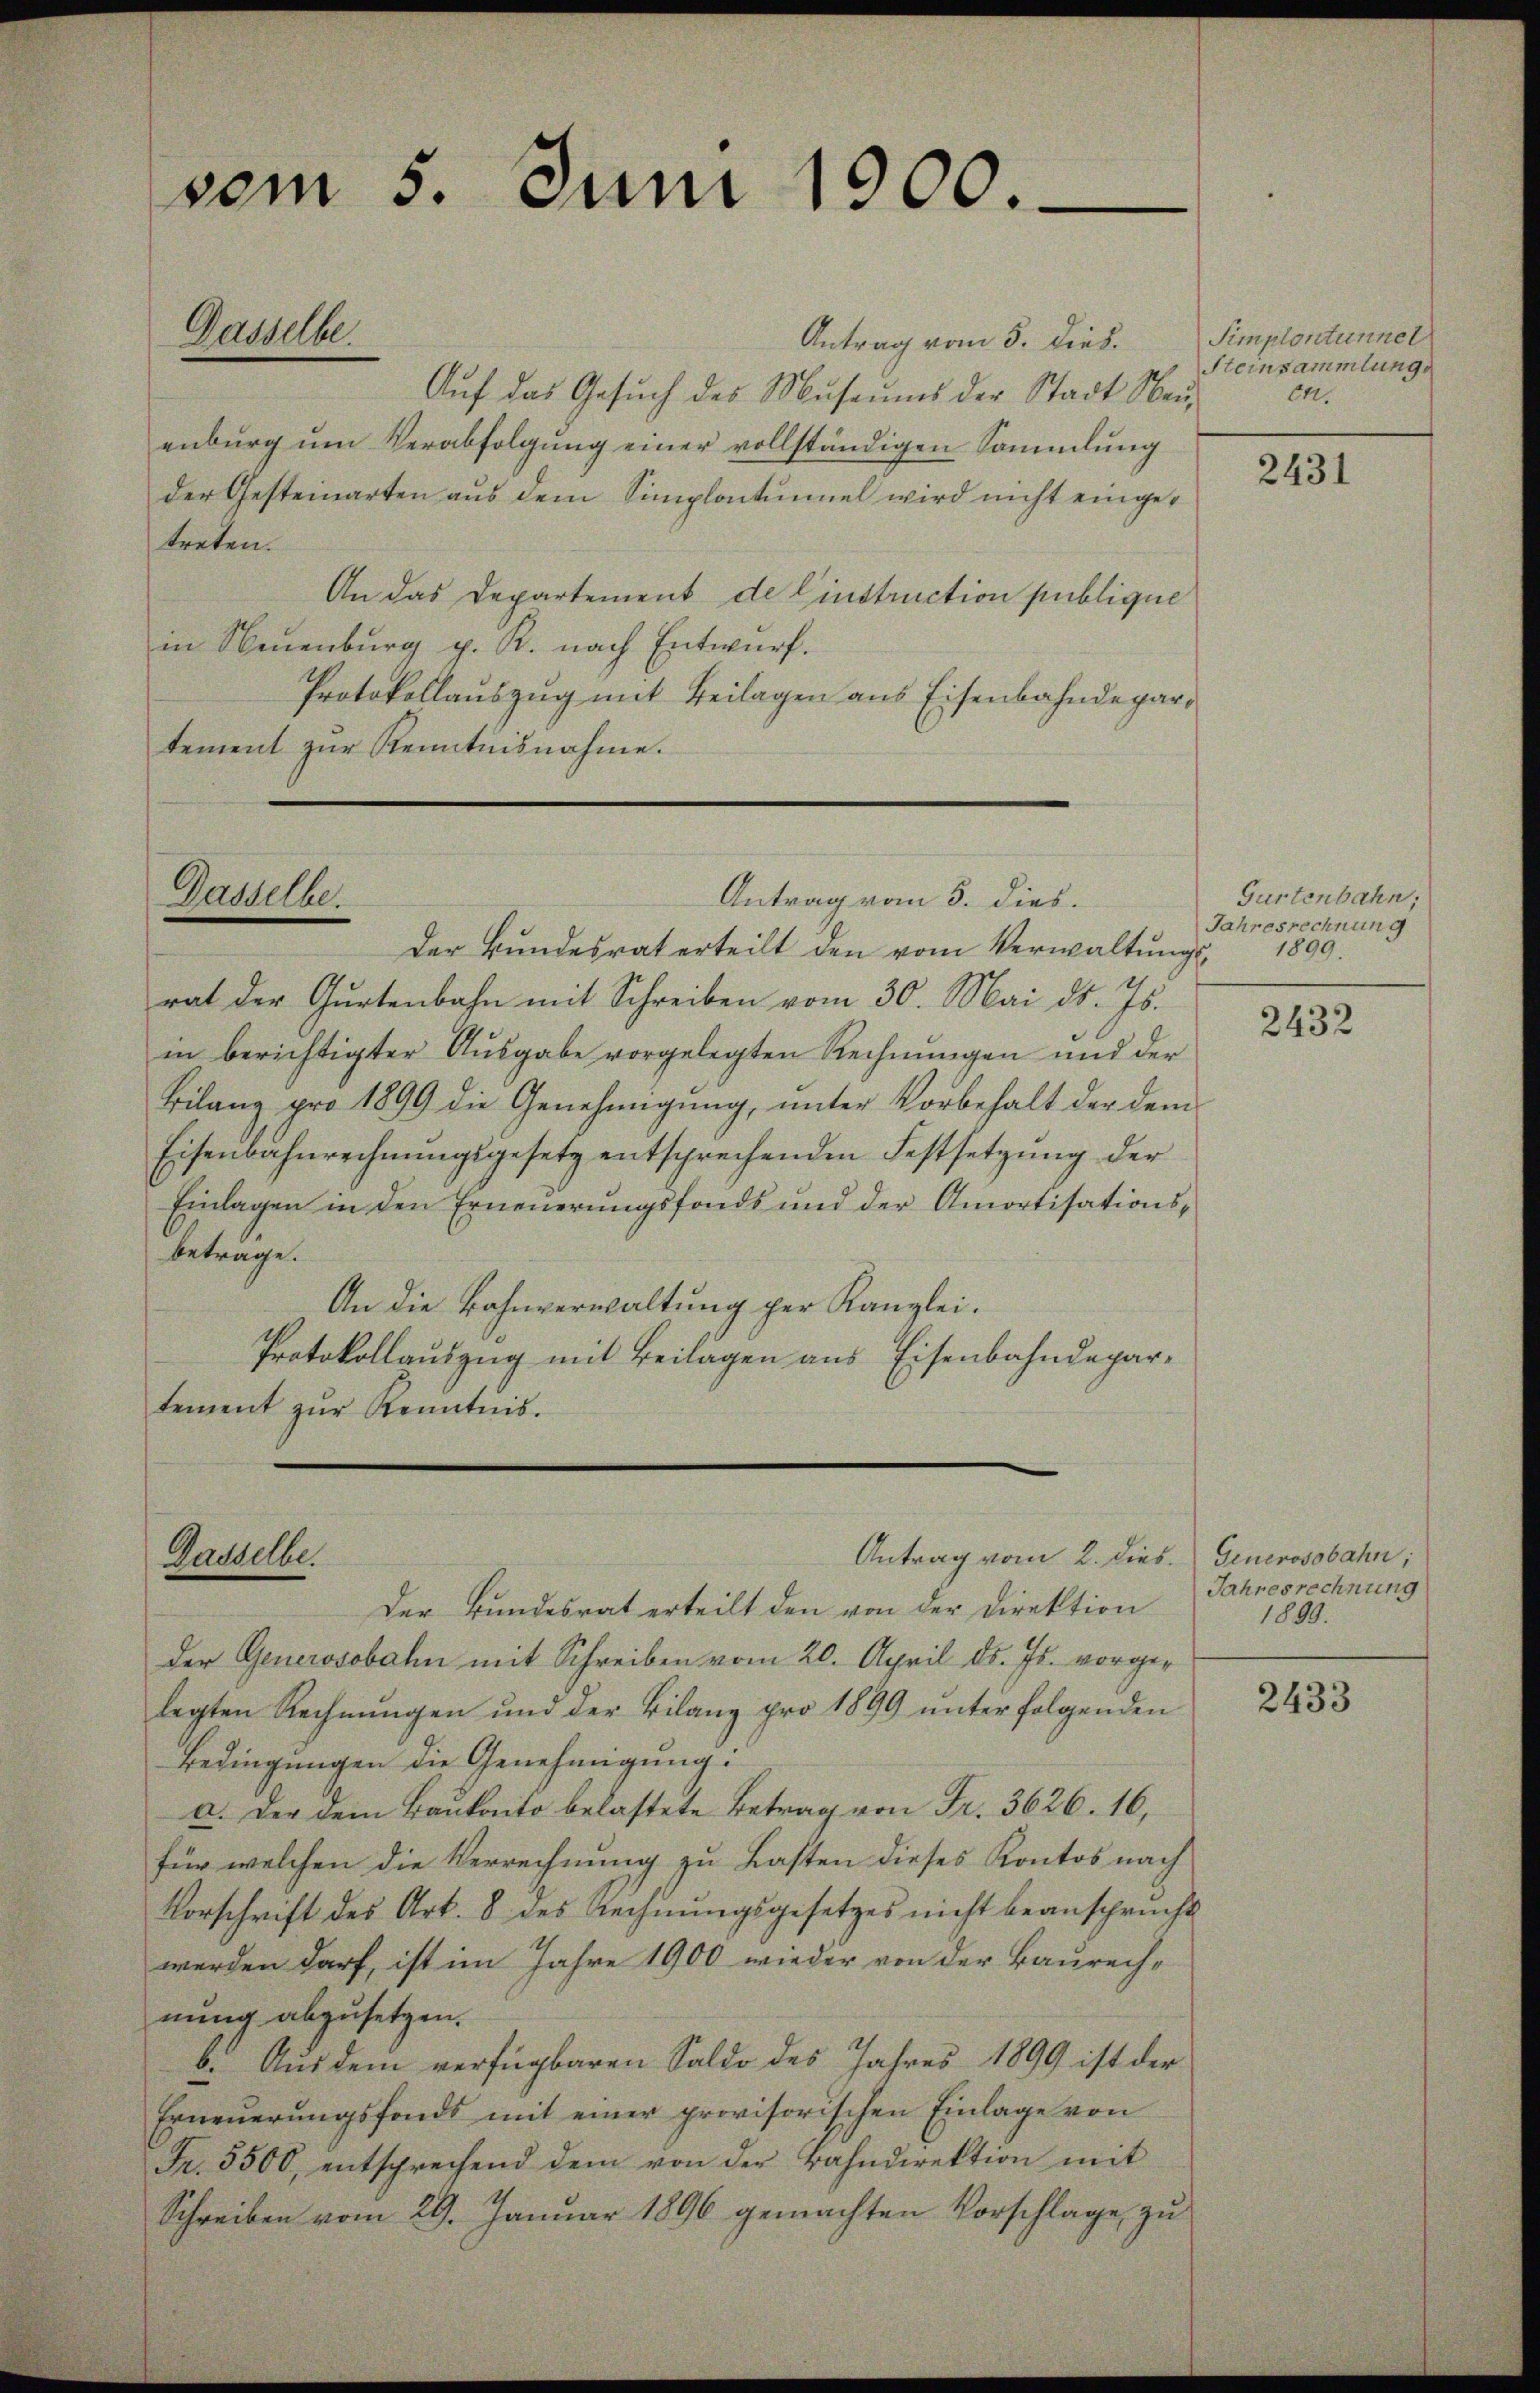
vom 5. Juni 1900.

Antrag vom 5. Dies
Auf das Gesuch des Museums der Stadt Neuenburg um Verabfolgung einer vollständigen Sammlung
der Gesteinarten aus dem Simplontumel wird nicht eingetreten.
An das Departement de Einstruction publique
in Neuenburg p. R. nach Entwurf.
Protokollauszug mit Beilagen aus Eisenbahndepar
tement zŭr Kenntnisnahme.

Gasselbe.

Der Bundesrat erteilt den vom Verwaltungsrat der Gurtenbahn mit Schreiben vom 30. Mai d. Js.
in berichtigter Ausgabe vorgelegten Rechnungen und der
Bilanz pro 1899 die Genehmigung, unter Vorbehalt der dem
Eisenbahnrechnŭngsgesetz entsprechenden Festsetzŭng der
Einlagen in den Erneuerungsfonds und der Amortisationsbetrage.
An die Bahnverwaltung per Kanzlei.
Protokollauszug mit Beilagen aus Eisenbahndepartement zŭr Kenntnis.

Gasselbe.

Dasselbe.

Antrag vom 3. dies.

Antrag vom 2. dies. Generosobahn;

Der Bundesrat erteilt den von der Direktion
der Generosobahn mit Schreiben vom 20. April d. Js. vorgelegten Rechnungen und der Bilanz pro 1899 unter folgenden
Bedingungen die Genehmigung:
a. Der dem Baukaito belastete Betrag von Fr. 3626. 16,
für welchen die Verrechnung zu Lasten dieses Kontos nach
Vorschrift des Art. 8 des Rechnŭngsgesetzes nicht beansprucht
werden darf, ist im Jahre 1900 wieder von der Baurechnung abzusetzen.
b. Aus dem verfügbaren Saldo des Jahres 1899 ist der
Erneuerungsfonds mit einer provisorischen Einlage von
Fr. 5500, entsprechend dem von der Bahndirektion mit
Schreiben vom 29. Januar 1896 gemachten Vorschlage zu

Simplontunnel
Steinsammlung.
CM.

2431

Gurtenbahn,
Jahresrechnung
1899.

2432

Jahresrechnung
1890.

2433